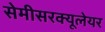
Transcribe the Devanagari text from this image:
सेमीसरक्यूलेयर